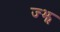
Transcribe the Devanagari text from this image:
ज्झ